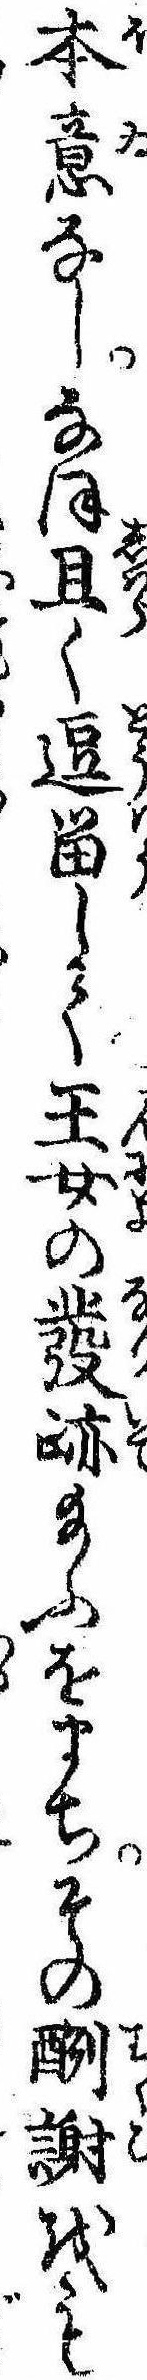
本意なしなほ且く逗留して王女の発跡給ふをまちその酬謝をも